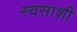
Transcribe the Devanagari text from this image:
स्वसाशी